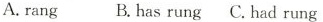
A.rang B.has rung C.had rung